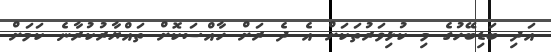
އަދި ބަޑިބޭހުގެ މި ކުޅިވަރުތަކަށް އެ ދެ ރަށް ހާއްސަކޮށް ތައްޔާރުކުރާނެ ކަމަށް